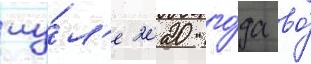
иу́л'е 2020 го́да во́